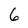
Character: 6